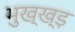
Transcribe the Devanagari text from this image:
भुख्ख्ड़